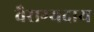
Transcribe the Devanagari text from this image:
वैराग्यदाय